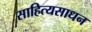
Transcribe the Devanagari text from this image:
साहित्यसाधन